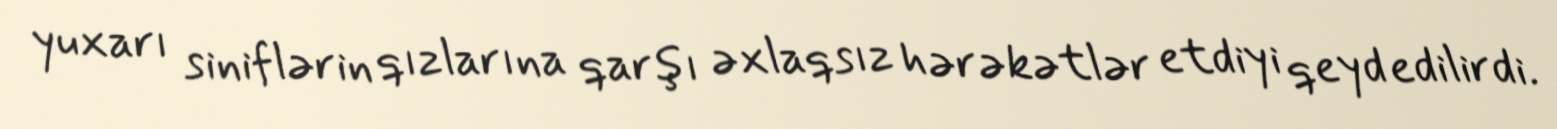
yuxarı siniflərin qızlarına qarşı əxlaqsız hərəkətlər etdiyi qeyd edilirdi.